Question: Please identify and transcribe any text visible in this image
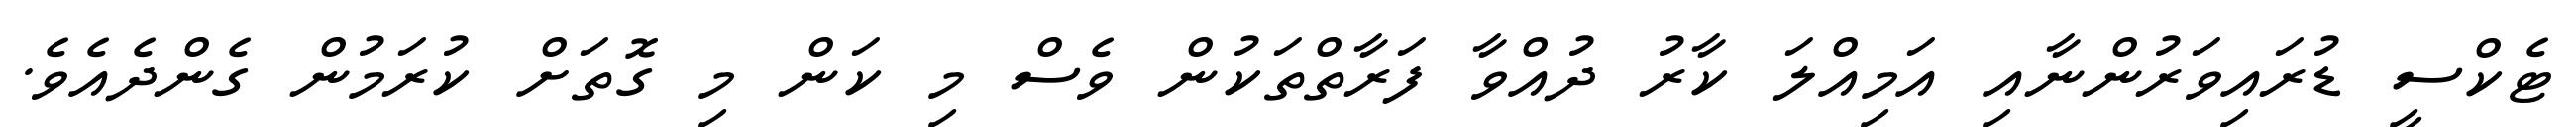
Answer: ޓެކްސީ ޑުރައިވަރުންނާއި އަމިއްލަ ކާރު ދުއްވާ ފަރާތްތަކުން ވެސް މި ކަން މި ގޮތަށް ކުރަމުން ގެންދެއެވެ.